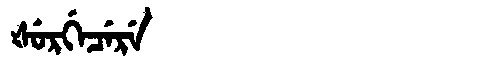
Manchu: ᡧᡠᡵᡤᡝᠴᡝᡵᡝ
Romanization: ŠURGECERE